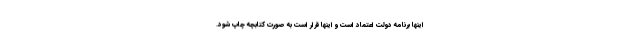
اینها برنامه دولت اعتماد است و اینها قرار است به صورت کتابچه چاپ شود.